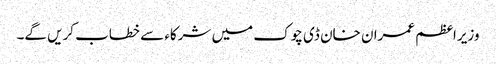
وزیراعظم عمران خان ڈی چوک میں شرکاء سے خطاب کریں گے۔